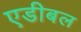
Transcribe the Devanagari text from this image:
एडीबल